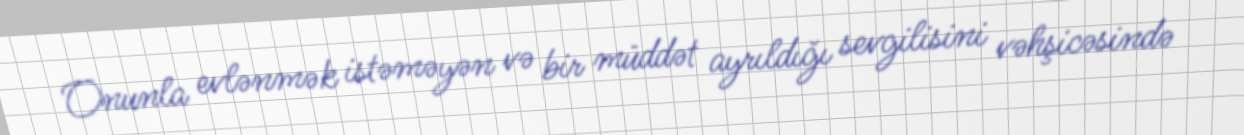
Onunla evlənmək istəməyən və bir müddət ayrıldığı sevgilisini vəhşicəsində